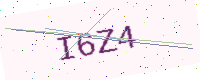
Text: I6Z4